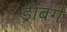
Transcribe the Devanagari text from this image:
ड्रीबर्ग